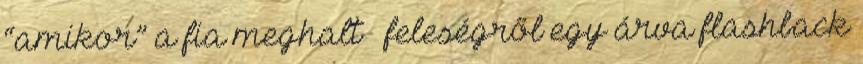
“amikor” a fia meghalt – feleségről egy árva flashback